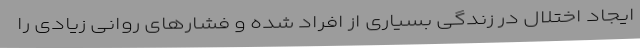
ایجاد اختلال در زندگی بسیاری از افراد شده و فشارهای روانی زیادی را